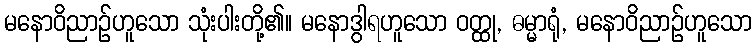
မနောဝိညာဉ်ဟူသော သုံးပါးတို့၏။ မနောဒွါရဟူသော ဝတ္ထု, ဓမ္မာရုံ, မနောဝိညာဉ်ဟူသော